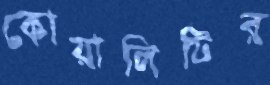
কোয়ালিটির